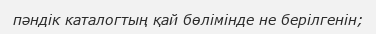
пәндік каталогтың қай бөлімінде не берілгенін;